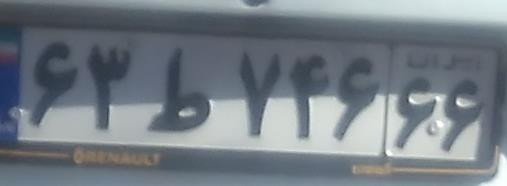
۶۳ط۷۴۶۶۶